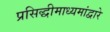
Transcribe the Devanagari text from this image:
प्रसिद्धीमाध्यमांद्वारे